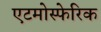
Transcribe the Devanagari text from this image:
एटमोस्फेरिक